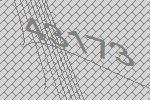
43173